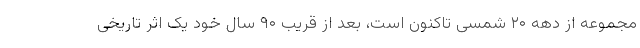
مجموعه از دهه ۲۰ شمسی تاکنون است، بعد از قریب ۹۰ سال خود یک اثر تاریخی